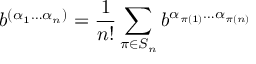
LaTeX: b ^ { ( \alpha _ { 1 } \ldots \alpha _ { n } ) } = \frac { 1 } { n ! } \sum _ { \pi \in S _ { n } } b ^ { \alpha _ { \pi ( 1 ) } \ldots \alpha _ { \pi ( n ) } }